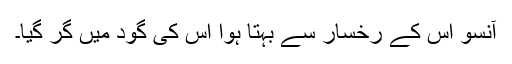
آنسو اس کے رخسار سے بہتا ہوا اس کی گود میں گر گیا۔